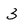
Character: 3